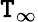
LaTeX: \mathtt{T}_{\infty}